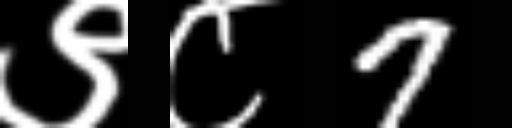
Text: ९८7